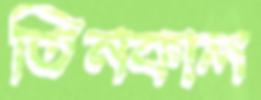
তিনকাল